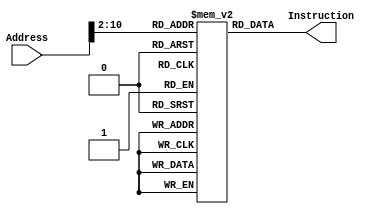
// This program was cloned from: https://github.com/TCL606/MipsPipeline
// License: MIT License

`timescale 1ns / 1ps
module InstructionMemory(Address, Instruction);
    input wire [31:0] Address;
	output wire [31:0] Instruction;

	parameter MEM_SIZE = 512;
	reg [31:0] data [MEM_SIZE - 1:0];	

	assign Instruction = data[Address[10:2]];
	
	integer i;
	initial begin
		//data[9'd0] <= 32'h20040020;
		data[9'd0] <= 32'h20040074;

		data[9'd1] <= 32'h20050000;
		data[9'd2] <= 32'h20060004;
		data[9'd3] <= 32'h20070190;
		data[9'd4] <= 32'h00865022;
		data[9'd5] <= 32'h20080000;
		data[9'd6] <= 32'h20020000;
		data[9'd7] <= 32'h0148582a;
		data[9'd8] <= 32'h1560000f;
		data[9'd9] <= 32'h20090000;
		data[9'd10] <= 32'h0126582a;
		data[9'd11] <= 32'h11600008;
		data[9'd12] <= 32'h01096020;
		data[9'd13] <= 32'h01856820;
		data[9'd14] <= 32'h81ae0000;
		data[9'd15] <= 32'h01276820;
		data[9'd16] <= 32'h81af0000;
		data[9'd17] <= 32'h15cf0002;
		data[9'd18] <= 32'h21290001;
		data[9'd19] <= 32'h0810000a;
		data[9'd20] <= 32'h15260001;
		data[9'd21] <= 32'h20420001;
		data[9'd22] <= 32'h21080001;
		data[9'd23] <= 32'h08100007;
		data[9'd24] <= 32'h200c4000;
		data[9'd25] <= 32'h000c6400;
		data[9'd26] <= 32'h218c000c;
		data[9'd27] <= 32'had820000;
		data[9'd28] <= 32'h20100000;
		data[9'd29] <= 32'h00104302;
		data[9'd30] <= 32'h31080003;
		data[9'd31] <= 32'h20090000;
		data[9'd32] <= 32'h11090006;
		data[9'd33] <= 32'h21290001;
		data[9'd34] <= 32'h11090007;
		data[9'd35] <= 32'h21290001;
		data[9'd36] <= 32'h11090009;
		data[9'd37] <= 32'h21290001;
		data[9'd38] <= 32'h1109000b;
		data[9'd39] <= 32'h20110100;
		data[9'd40] <= 32'h304a000f;
		data[9'd41] <= 32'h08100035;
		data[9'd42] <= 32'h20110200;
		data[9'd43] <= 32'h304a00f0;
		data[9'd44] <= 32'h000a5102;
		data[9'd45] <= 32'h08100035;
		data[9'd46] <= 32'h20110400;
		data[9'd47] <= 32'h304a0f00;
		data[9'd48] <= 32'h000a5202;
		data[9'd49] <= 32'h08100035;
		data[9'd50] <= 32'h20110800;
		data[9'd51] <= 32'h304af000;
		data[9'd52] <= 32'h000a5042;
		data[9'd53] <= 32'h20090000;
		data[9'd54] <= 32'h1149001e;
		data[9'd55] <= 32'h20090001;
		data[9'd56] <= 32'h1149001e;
		data[9'd57] <= 32'h20090002;
		data[9'd58] <= 32'h1149001e;
		data[9'd59] <= 32'h20090003;
		data[9'd60] <= 32'h1149001e;
		data[9'd61] <= 32'h20090004;
		data[9'd62] <= 32'h1149001e;
		data[9'd63] <= 32'h20090005;
		data[9'd64] <= 32'h1149001e;
		data[9'd65] <= 32'h20090006;
		data[9'd66] <= 32'h1149001e;
		data[9'd67] <= 32'h20090007;
		data[9'd68] <= 32'h1149001e;
		data[9'd69] <= 32'h20090008;
		data[9'd70] <= 32'h1149001e;
		data[9'd71] <= 32'h20090009;
		data[9'd72] <= 32'h1149001e;
		data[9'd73] <= 32'h2009000a;
		data[9'd74] <= 32'h1149001e;
		data[9'd75] <= 32'h2009000b;
		data[9'd76] <= 32'h1149001e;
		data[9'd77] <= 32'h2009000c;
		data[9'd78] <= 32'h1149001e;
		data[9'd79] <= 32'h2009000d;
		data[9'd80] <= 32'h1149001e;
		data[9'd81] <= 32'h2009000e;
		data[9'd82] <= 32'h1149001e;
		data[9'd83] <= 32'h2009000f;
		data[9'd84] <= 32'h1149001e;
		data[9'd85] <= 32'h200b003f;
		data[9'd86] <= 32'h08100074;
		data[9'd87] <= 32'h200b0006;
		data[9'd88] <= 32'h08100074;
		data[9'd89] <= 32'h200b005b;
		data[9'd90] <= 32'h08100074;
		data[9'd91] <= 32'h200b004f;
		data[9'd92] <= 32'h08100074;
		data[9'd93] <= 32'h200b0066;
		data[9'd94] <= 32'h08100074;
		data[9'd95] <= 32'h200b006d;
		data[9'd96] <= 32'h08100074;
		data[9'd97] <= 32'h200b007d;
		data[9'd98] <= 32'h08100074;
		data[9'd99] <= 32'h200b0007;
		data[9'd100] <= 32'h08100074;
		data[9'd101] <= 32'h200b007f;
		data[9'd102] <= 32'h08100074;
		data[9'd103] <= 32'h200b006f;
		data[9'd104] <= 32'h08100074;
		data[9'd105] <= 32'h200b0077;
		data[9'd106] <= 32'h08100074;
		data[9'd107] <= 32'h200b007c;
		data[9'd108] <= 32'h08100074;
		data[9'd109] <= 32'h200b0039;
		data[9'd110] <= 32'h08100074;
		data[9'd111] <= 32'h200b005e;
		data[9'd112] <= 32'h08100074;
		data[9'd113] <= 32'h200b0079;
		data[9'd114] <= 32'h08100074;
		data[9'd115] <= 32'h200b0071;
		data[9'd116] <= 32'h022b9020;
		data[9'd117] <= 32'h200c4000;
		data[9'd118] <= 32'h000c6400;
		data[9'd119] <= 32'h218c0010;
		data[9'd120] <= 32'had920000;
		data[9'd121] <= 32'h22100001;
		data[9'd122] <= 32'h0810001d;
		for (i = 9'd123; i < MEM_SIZE; i = i + 1) begin
         	data[i] <= 0;
        end
	end 

endmodule